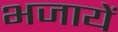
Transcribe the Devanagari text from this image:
भजायें